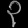
Digit: ၃